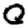
Digit: 0